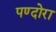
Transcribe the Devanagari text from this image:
पण्दोरा